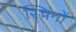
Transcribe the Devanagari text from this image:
स्प्रिंगों